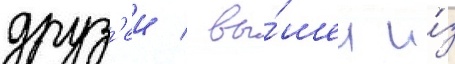
друз'еи / вы́шел и́з